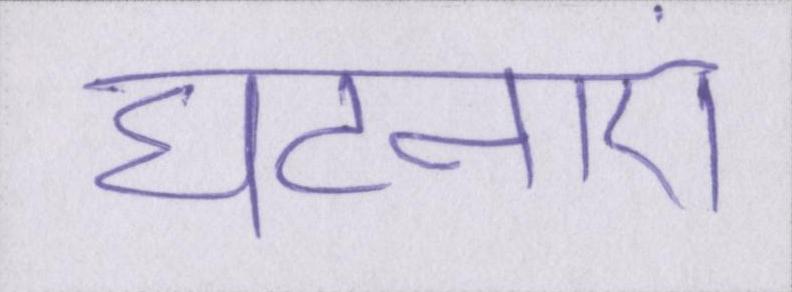
घटनाएं